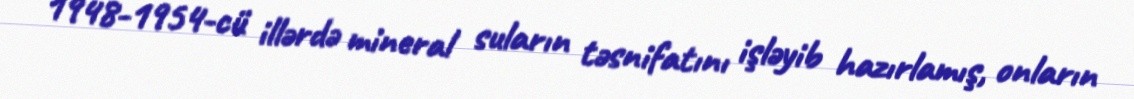
1948-1954-cü illərdə mineral suların təsnifatını işləyib hazırlamış, onların